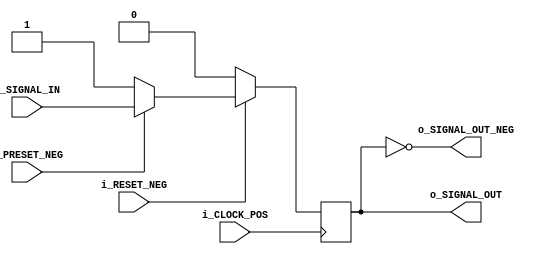
/**
    Author: Phan Gia Anh
    Updated: 19/1/2020

    D_FlipFlop_Sync works as a D flipflop with synchronous preset and reset
**/

module D_FlipFlop_Sync( i_SIGNAL_IN, i_CLOCK_POS, i_PRESET_NEG, i_RESET_NEG, o_SIGNAL_OUT, o_SIGNAL_OUT_NEG );

    input   i_SIGNAL_IN, i_CLOCK_POS, i_PRESET_NEG, i_RESET_NEG;

    output  o_SIGNAL_OUT, o_SIGNAL_OUT_NEG;

    reg o_SIGNAL_OUT;

    assign  o_SIGNAL_OUT_NEG = ~o_SIGNAL_OUT;

    always @(posedge i_CLOCK_POS) begin
        if (~i_RESET_NEG) o_SIGNAL_OUT <= 1'b0;
        else if (~i_PRESET_NEG) o_SIGNAL_OUT <= 1'b1;
        else o_SIGNAL_OUT <= i_SIGNAL_IN;
    end

endmodule